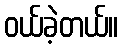
ဝယ်ခဲ့တယ်။